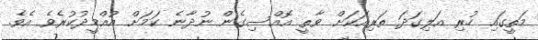
މަތީގައި ހުރި އަލިގަދަ ތަރިއަކަށް ވާތީ އޮއްސިގެން ނުދާނެ ކަމަށް އުއްމީދުކުރެވެ އެވެ.